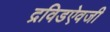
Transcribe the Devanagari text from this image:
द्रविडऐवजी